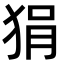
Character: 狷